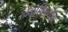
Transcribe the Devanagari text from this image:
खेळाविषयीचे